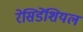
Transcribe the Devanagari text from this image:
रेसिडेंशियल